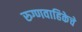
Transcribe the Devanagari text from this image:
रुग्णवाहिकेचे